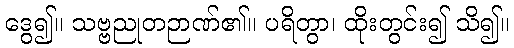
ဒွေ၍။ သဗ္ဗညုတဉာဏ်၏။ ပရိတွာ၊ ထိုးတွင်း၍ သိ၍။